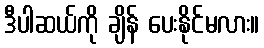
ဒီပါဆယ်ကို ချိန် ပေးနိုင်မလား။